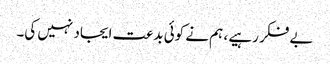
بے فکر رہیے ، ہم نے کوئی بدعت ایجاد نہیں کی۔